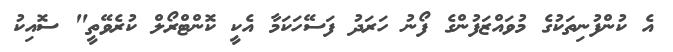
އެ ކުންފުނިތަކުގެ މުވައްޒަފުންގެ ފޯނު ހަރަދު ފަސޭހަކަމާ އެކީ ކޮންޓްރޯލް ކުރެވޭތީ" ސޮއިކު